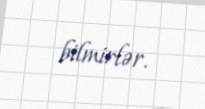
bilmirlər.